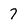
Character: 7